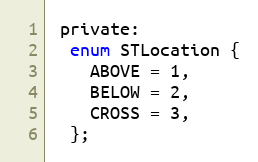
Language: C
 private:
  enum STLocation {
    ABOVE = 1,
    BELOW = 2,
    CROSS = 3,
  };